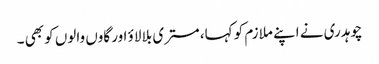
چوہدری نے اپنے ملازم کو کہا، مستری بلا لاؤ اور گاوں والوں کو بھی ۔